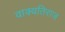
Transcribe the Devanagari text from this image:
वाक्यतिराज